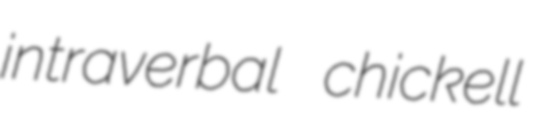
intraverbal chickell